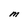
Character: M